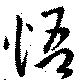
悟